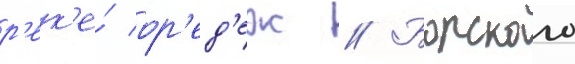
р'ек'е́ ор'ед'еж // Борского